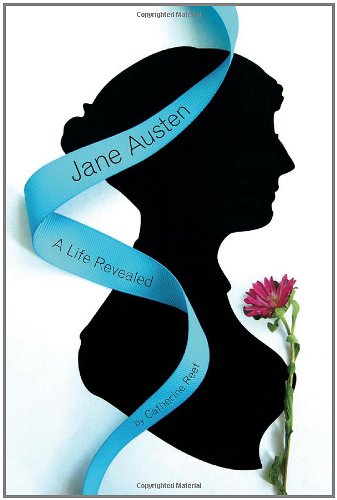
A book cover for Jane Austen: A Life Revealed; Catherine Reef; Teen & Young Adult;